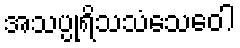
အသပ္ပုရိသသံသေဝေါ